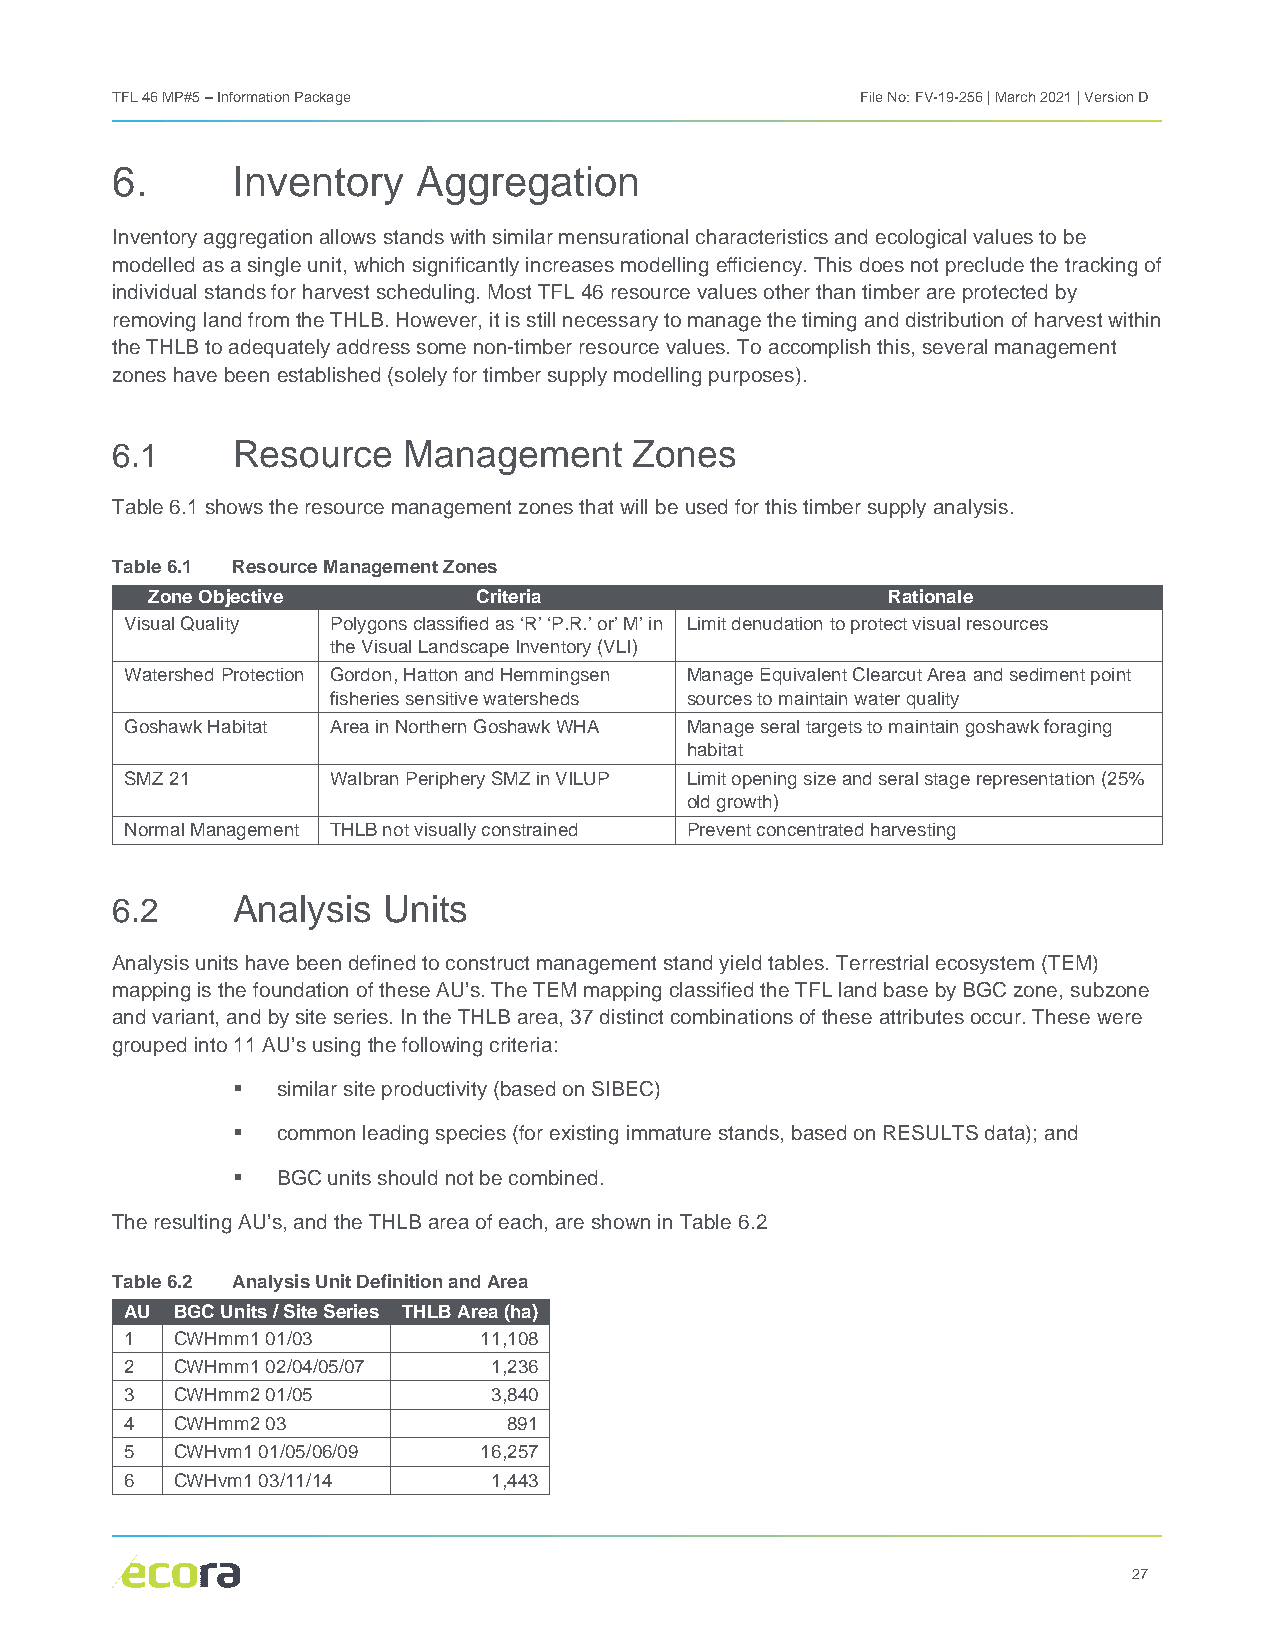
TFL 46 MP#5 – Information Package                 File No: FV-19-256 | March 2021 | Version D
 6.      Inventory    Aggregation
 Inventory aggregation allows stands with similar mensurational characteristics and ecological values to be
 modelled as a single unit, which significantly increases modelling efficiency. This does not preclude the tracking of
 individual stands for harvest scheduling. Most TFL 46 resource values other than timber are protected by
 removing land from the THLB. However, it is still necessary to manage the timing and distribution of harvest within
 the THLB to adequately address some non-timber resource values. To accomplish this, several management
 zones have been established (solely for timber supply modelling purposes).
 6.1     Resource    Management     Zones
 Table 6.1 shows the resource management zones that will be used for this timber supply analysis.
 Table 6.1 Resource Management Zones
 Zone Objective        Criteria                   Rationale
 Visual Quality Polygons classified as ‘R’ ‘P.R.’ or’ M’ in Limit denudation to protect visual resources
 the Visual Landscape Inventory (VLI)
 Watershed Protection Gordon, Hatton and Hemmingsen Manage Equivalent Clearcut Area and sediment point
 fisheries sensitive watersheds sources to maintain water quality
 Goshawk Habitat Area in Northern Goshawk WHA Manage seral targets to maintain goshawk foraging
 habitat
 SMZ 21        Walbran Periphery SMZ in VILUP Limit opening size and seral stage representation (25%
 old growth)
 Normal Management THLB not visually constrained Prevent concentrated harvesting
 6.2     Analysis  Units
 Analysis units have been defined to construct management stand yield tables. Terrestrial ecosystem (TEM)
 mapping is the foundation of these AU’s. The TEM mapping classified the TFL land base by BGC zone, subzone
 and variant, and by site series. In the THLB area, 37 distinct combinations of these attributes occur. These were
 grouped into 11 AU’s using the following criteria:
   similar site productivity (based on SIBEC)
   common leading species (for existing immature stands, based on RESULTS data); and
   BGC units should not be combined.
 The resulting AU’s, and the THLB area of each, are shown in Table 6.2
 Table 6.2 Analysis Unit Definition and Area
 AU  BGC Units / Site Series THLB Area (ha)
 1   CWHmm1 01/03        11,108
 2   CWHmm1 02/04/05/07   1,236
 3   CWHmm2 01/05         3,840
 4   CWHmm2 03             891
 5   CWHvm1 01/05/06/09  16,257
 6   CWHvm1 03/11/14      1,443
 27